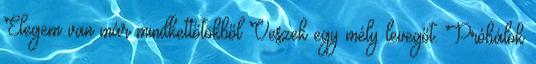
Elegem van már mindkettőtökből Veszek egy mély levegőt. Próbálok